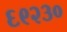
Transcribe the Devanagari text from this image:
६९२३०